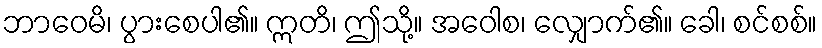
ဘာဝေမိ၊ ပွားစေပါ၏။ ဣတိ၊ ဤသို့။ အဝေါစ၊ လျှောက်၏။ ခေါ၊ စင်စစ်။